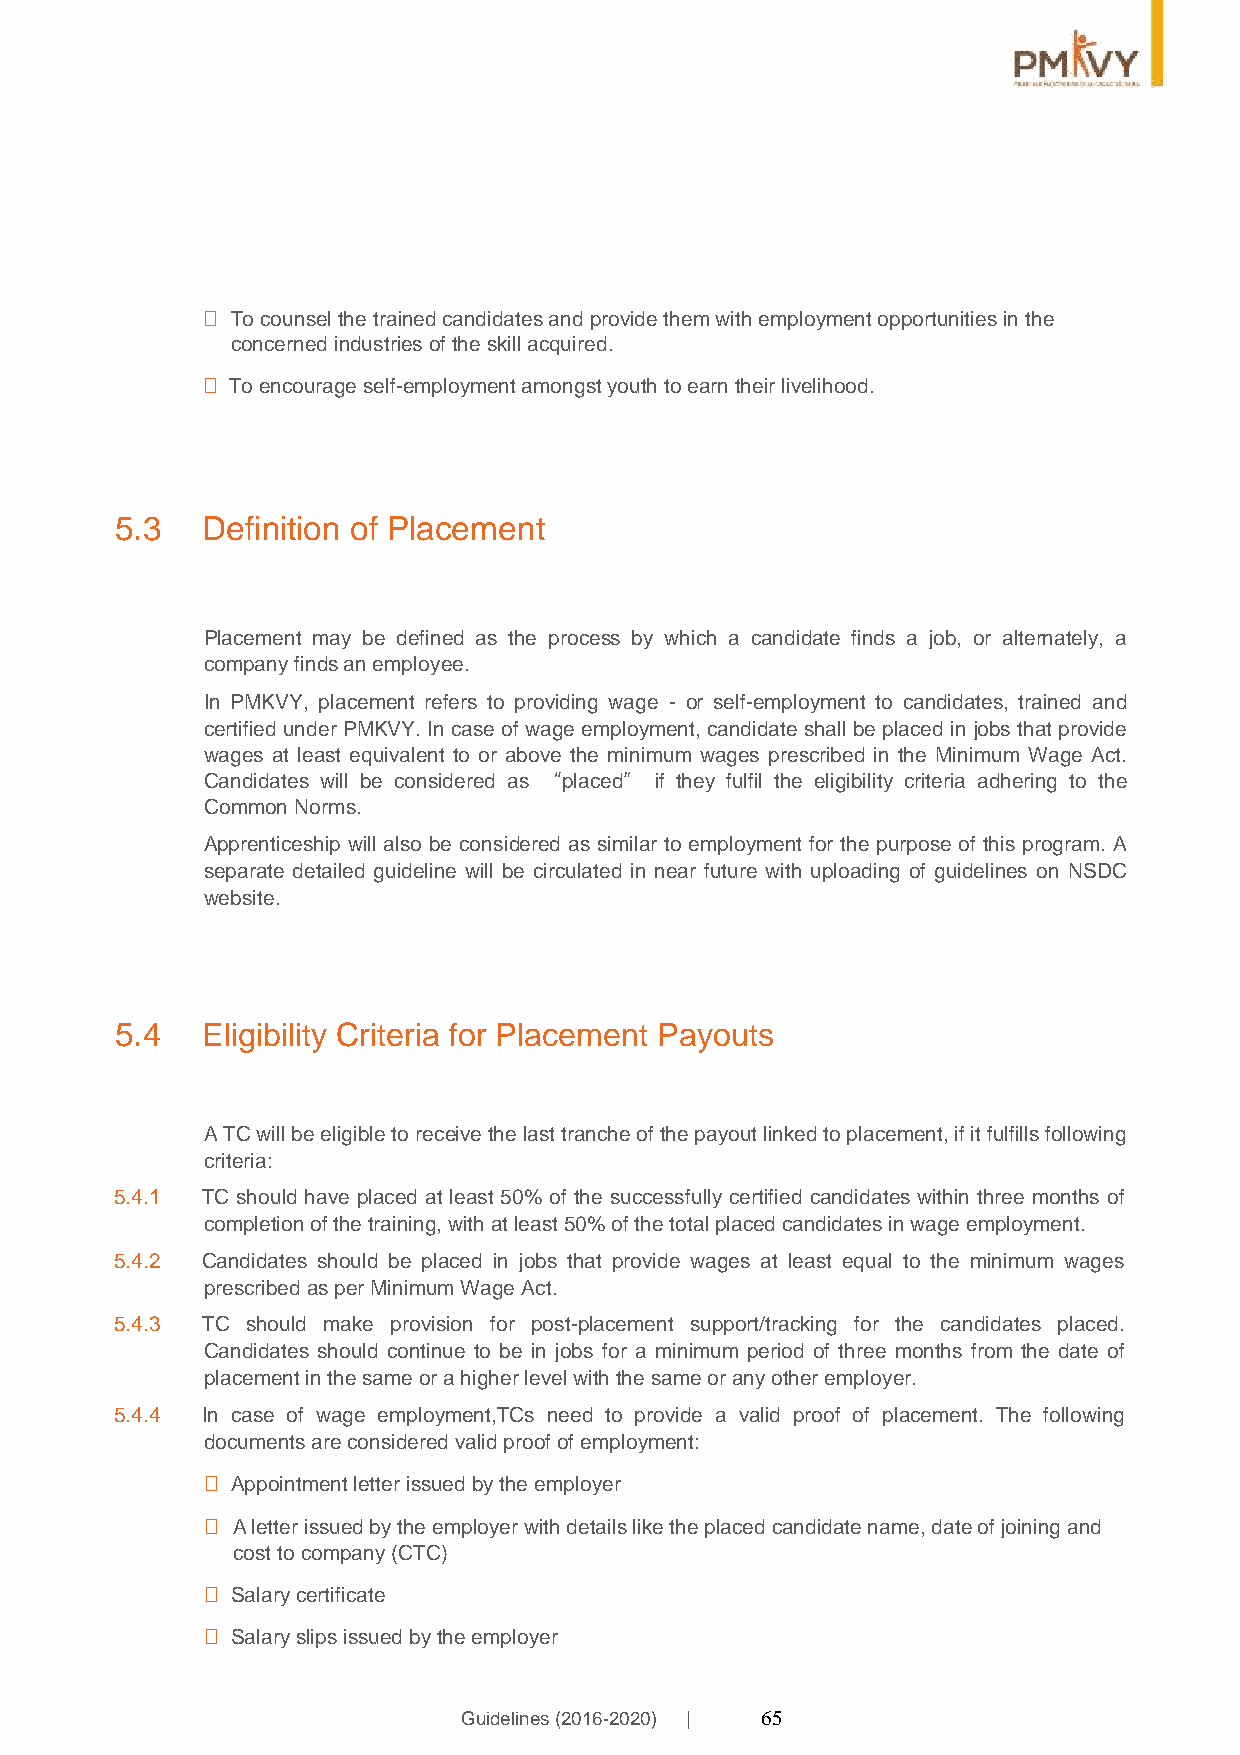
 To counsel the trained candidates and provide them with employment opportunities in the
 concerned industries of the skill acquired.
  To encourage self-employment amongst youth to earn their livelihood.
 5.3  Definition of Placement
 Placement may be defined as the process by which a candidate finds a job, or alternately, a
 company finds an employee.
 In PMKVY, placement refers to providing wage - or self-employment to candidates, trained and
 certified under PMKVY. In case of wage employment, candidate shall be placed in jobs that provide
 wages at least equivalent to or above the minimum wages prescribed in the Minimum Wage Act.
 Candidates will be considered as “placed” if they fulfil the eligibility criteria adhering to the
 Common Norms.
 Apprenticeship will also be considered as similar to employment for the purpose of this program. A
 separate detailed guideline will be circulated in near future with uploading of guidelines on NSDC
 website.
 5.4  Eligibility Criteria for Placement Payouts
 A TC will be eligible to receive the last tranche of the payout linked to placement, if it fulfills following
 criteria:
 5.4.1 TC should have placed at least 50% of the successfully certified candidates within three months of
 completion of the training, with at least 50% of the total placed candidates in wage employment.
 5.4.2 Candidates should be placed in jobs that provide wages at least equal to the minimum wages
 prescribed as per Minimum Wage Act.
 5.4.3 TC should make provision for post-placement support/tracking for the candidates placed.
 Candidates should continue to be in jobs for a minimum period of three months from the date of
 placement in the same or a higher level with the same or any other employer.
 5.4.4 In case of wage employment,TCs need to provide a valid proof of placement. The following
 documents are considered valid proof of employment:
  Appointment letter issued by the employer
  A letter issued by the employer with details like the placed candidate name, date of joining and
 cost to company (CTC)
  Salary certificate
  Salary slips issued by the employer
 Guidelines (2016-2020) | 65